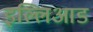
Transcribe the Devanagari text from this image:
इल्लिआड